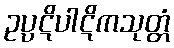
ဥပ္ပဋိပါဋိကသုတ္တံ